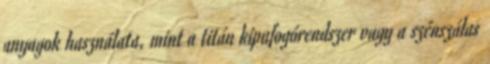
anyagok használata, mint a titán kipufogórendszer vagy a szénszálas